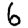
Digit: 6